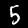
Digit: 5